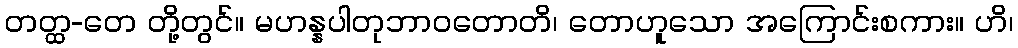
တတ္ထ-တေ တို့တွင်။ မဟန္နပါတုဘာဝတောတိ၊ တောဟူသော အကြောင်းစကား။ ဟိ၊